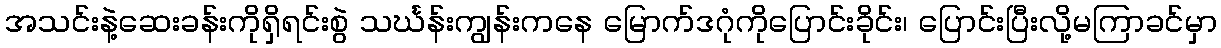
အသင်းနဲ့ဆေးခန်းကိုရှိရင်းစွဲ သင်္ဃန်းကျွန်းကနေ မြောက်ဒဂုံကိုပြောင်းခိုင်း၊ ပြောင်းပြီးလို့မကြာခင်မှာ